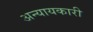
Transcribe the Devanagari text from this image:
अन्यायकारी